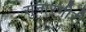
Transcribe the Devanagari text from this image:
सुनारगीरी